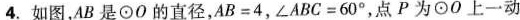
4.如图，AB是⊙O的直径，$$A B = 4$$，$$∠ A B C = 6 0 °$$，点P为⊙O上一动